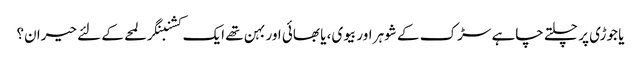
یا جوڑی پر چلتے چاہے سڑک کے شوہر اور بیوی، یا بھائی اور بہن تھے ایک کشنبنگر لمحے کے لئے حیران؟